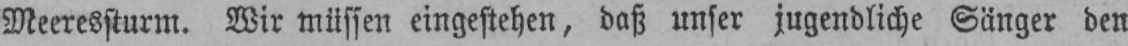
Meeressturm. Wir müssen eingestehen, daß unser jugendliche Sänger den